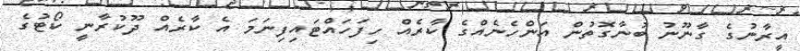
އީރާނުގެ ގާނޫނު ބުނާގޮތުން އަންހެނެއްގެ ކާރެއް ހިފަހައްޓައިފިނަމަ އެ ކާރެއް ދޫކުރާނީ ކޯޓުގެ